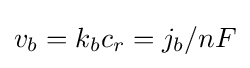
v_{b}=k_{b}c_{r}=j_{b}/nF